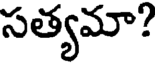
సత్యమా?